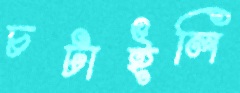
চটাইলি